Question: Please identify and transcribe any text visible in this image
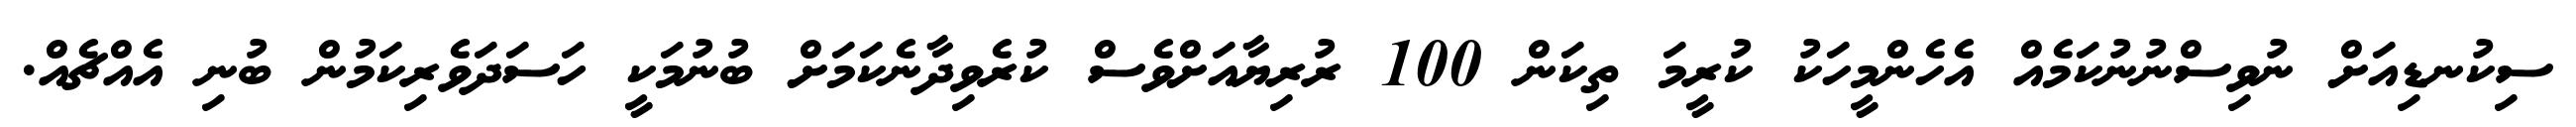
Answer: ސިކުނޑިއަށް ނުވިސްނުނުކަމެއް އެހެންމީހަކު ކުރީމަ ތިކަން 100 ރުރިޔާއަށްވެސް ކުރެވިދާނެކަމަށް ބުނުމަކީ ހަސަދަވެރިކަމުން ބުނި އެއްޗެއް.